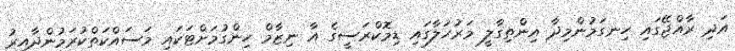
އަދި ރާއްޖޭގައި ހިނގަމުންމިދާ އިންތިގާލީ މަރުހަލާގައި ޑިމޮކްރަސީގެ އާ ނިޒާމް ހިންގުމަށްޓަކައި މަސައްކަތްކުރަމުންދާއިރު